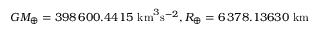
G M _ { \oplus } = 3 9 8 \, 6 0 0 . 4 4 1 5 ~ \mathrm { k m } ^ { 3 } \mathrm { s } ^ { - 2 } , R _ { \oplus } = 6 \, 3 7 8 . 1 3 6 3 0 ~ \mathrm { k m }